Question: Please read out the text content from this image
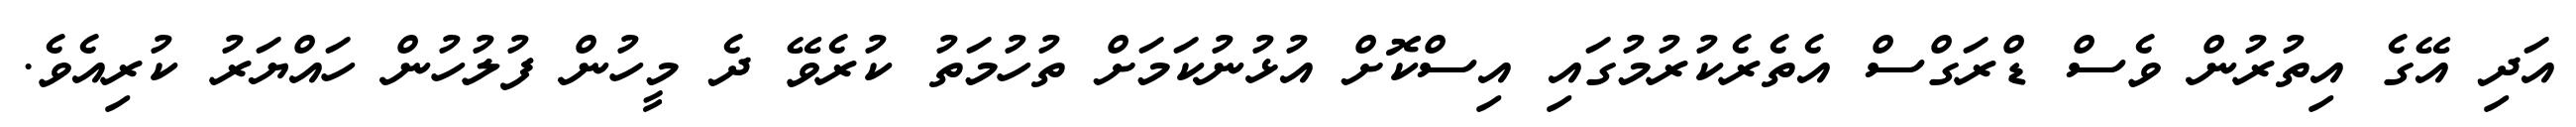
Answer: އަދި އޭގެ އިތުރުން ވެސް ޑްރަގްސް އެތެރެކުރުމުގައި އިސްކޮށް އުޅުނުކަމަށް ތުހުމަތު ކުރެވޭ ދެ މީހުން ފުލުހުން ހައްޔަރު ކުރިއެވެ.